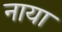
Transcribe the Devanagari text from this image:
नाया